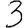
Digit: 3